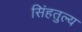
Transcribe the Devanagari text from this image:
सिंहतुल्य